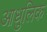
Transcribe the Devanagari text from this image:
आधुलिक